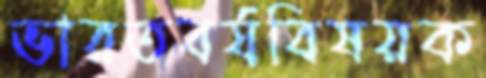
ভারতবর্ষবিষয়ক